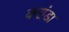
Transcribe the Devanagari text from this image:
करांडा